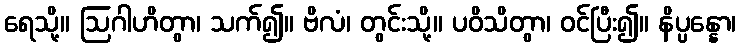
ရေသို့။ ဩဂါဟိတွာ၊ သက်၍။ ဗိလံ၊ တွင်းသို့။ ပဝိသိတွာ၊ ဝင်ပြီး၍။ နိပ္ပန္နော၊